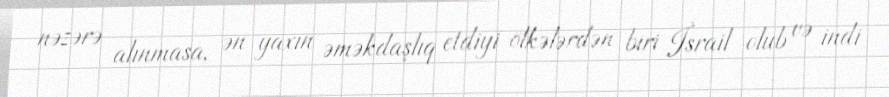
nəzərə alınmasa, ən yaxın əməkdaşlıq etdiyi ölkələrdən biri İsrail olub və indi